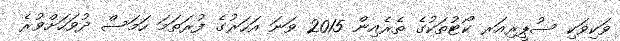
ވަކިވަކި ސުޕީރިއަރ ކޯޓުތަކުގެ ތެރެއިން 2015 ވަނަ އަހަރުގެ ފުރަތަމަ ހަމަސް ދުވަހަށްވުރެ